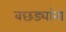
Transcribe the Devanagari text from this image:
बछड्यांना